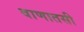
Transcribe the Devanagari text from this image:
वाणातसी